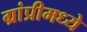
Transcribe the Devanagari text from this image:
ग्रांप्रीमध्ये